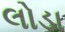
લોડા